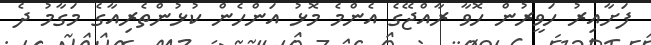
ފަށާއިރު ހަވީރުން ހޮވާ ރާއްޖޭގެ އެންމެ މޮޅު އަންހެން ކުޅުންތެރިއާގެ މަގާމު ދެ